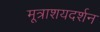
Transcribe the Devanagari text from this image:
मूत्राशयदर्शन